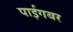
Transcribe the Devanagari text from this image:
पाईगबर